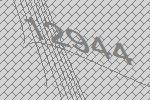
12944